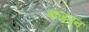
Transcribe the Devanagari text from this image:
बाजुतून